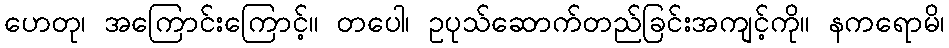
ဟေတု၊ အကြောင်းကြောင့်။ တပေါ၊ ဥပုသ်ဆောက်တည်ခြင်းအကျင့်ကို။ နကရောမိ၊